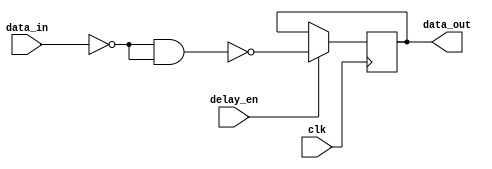
module nand_gate_delay (
    input wire clk,        // System clock
    input wire delay_en,   // Enable signal for introducing delay
    input wire [7:0] data_in,  // Input data signal
    output reg [7:0] data_out  // Output data signal with delay
);

reg [7:0] nand_delayed_data;

always @ (posedge clk) begin
    if (delay_en) begin
        // Introducing delay using a series of NAND gates
        nand_delayed_data <= ~(~data_in & ~data_in);
    end
end

assign data_out = nand_delayed_data;

endmodule